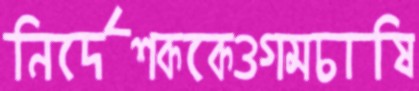
নির্দেশককেওগমচাষি